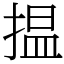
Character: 揾